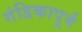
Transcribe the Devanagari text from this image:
गंडिकापूर्व